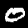
Digit: 0